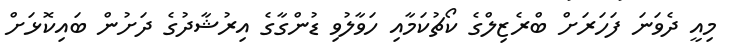
މިއީ ދެވަނަ ފަހަރަށް ބްރެޒިލްގެ ކޯޗުކަމާއި ހަވާލުވި ޑުންގާގެ އިރުޝާދުގެ ދަށުން ބައިކޮޅަށް